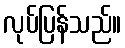
လုပ်ပြန်သည်။